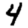
Digit: 4